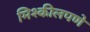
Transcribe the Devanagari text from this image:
मिश्कीलपणे